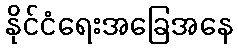
နိုင်ငံရေးအခြေအနေ